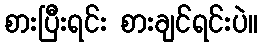
စားပြီးရင်း စားချင်ရင်းပဲ။